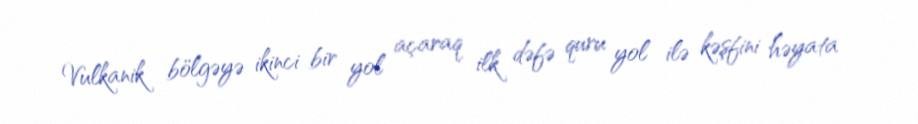
Vulkanik bölgəyə ikinci bir yol açaraq ilk dəfə quru yol ilə kəşfini həyata